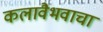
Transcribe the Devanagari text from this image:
कलावैभवाचा